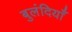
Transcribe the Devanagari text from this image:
बुलंदियाँ